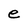
Character: e